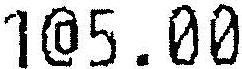
1@5.00